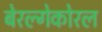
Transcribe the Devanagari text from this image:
बेरल्गेकोरल